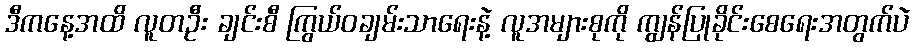
ဒီကနေ့အထိ လူတဦး ချင်းစီ ကြွယ်ဝချမ်းသာရေးနဲ့ လူအများစုကို ကျွန်ပြုခိုင်းစေရေးအတွက်ပဲ